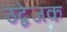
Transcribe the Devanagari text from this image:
उद्वेजक